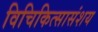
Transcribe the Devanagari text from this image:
विचिकित्सासंशय